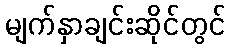
မျက်နှာချင်းဆိုင်တွင်